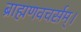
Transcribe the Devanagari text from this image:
ब्राह्मणवचर्सम्।